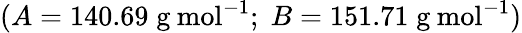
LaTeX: (A=140.69\; \mathrm{g\: mol^{-1}};\; B=151.71\; \mathrm{g\: mol^{-1}})